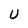
Character: U